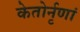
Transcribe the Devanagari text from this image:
केतोर्नृणां